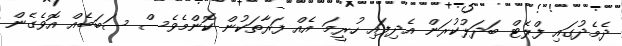
ދެމެދުގައި ފްލެޓް ބަދަލުކުރަން އެދިފައި ހުރީމަ އެއް ފަރާތަކުން ކޮންމެވެސް ސަބަބެއް އޮވެގެން